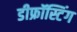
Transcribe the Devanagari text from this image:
डीफ्रॉस्टिंग